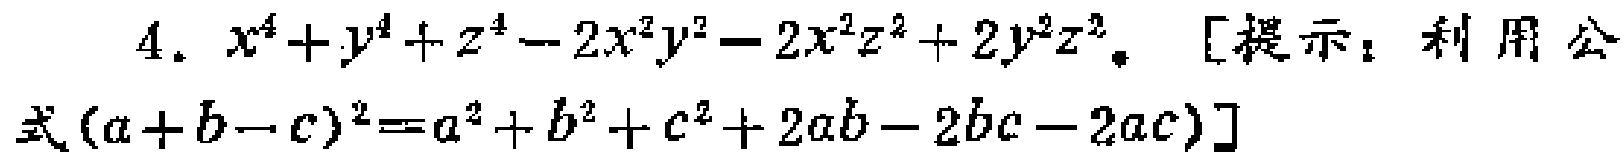
4. \(x^{4}+y^{4}+z^{4}-2x^{2}y^{2}-2x^{2}z^{2}+2y^{2}z^{2}\)。[提示：利用公式\((a + b - c)^{2}=a^{2}+b^{2}+c^{2}+2ab - 2bc - 2ac\)]